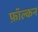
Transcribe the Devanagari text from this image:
फ़ॉल्कन